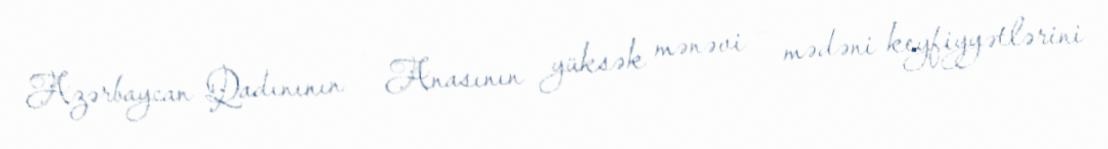
Azərbaycan Qadınının – Anasının yüksək mənəvi – mədəni keyfiyyətlərini